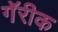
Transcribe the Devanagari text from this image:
गॅरीक